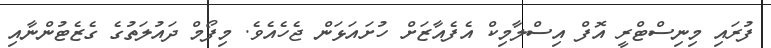
ފުރައި މިނިސްޓްރީ އޮފް އިސްލާމިކް އެފެއާޒަށް ހުށައަޅަން ޖެހެއެެވެ. މިފޯމް ދައުލަތުގެ ގެޒެޓުންނާއި